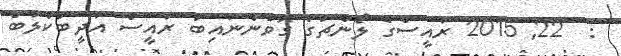
:  22